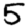
Digit: 5